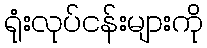
ရုံးလုပ်ငန်းများကို